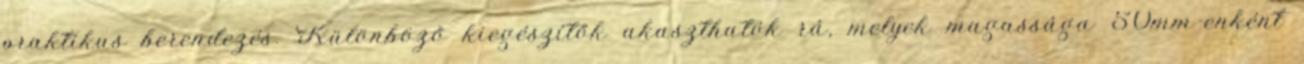
praktikus berendezés. Különböző kiegészítők akaszthatók rá, melyek magassága 50mm-enként